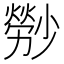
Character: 𤎤